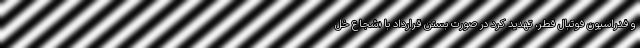
و فدراسیون فوتبال قطر، تهدید کرد در صورت بستن قرارداد با «شجاع خل